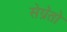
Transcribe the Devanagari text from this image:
सेग्रेतो